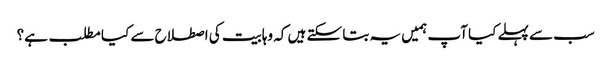
سب سے پہلے کیا آپ ہمیں یہ بتا سکتے ہیں کہ وہابیت کی اصطلاح سے کیا مطلب ہے؟